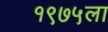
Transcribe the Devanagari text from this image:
१९७५ला